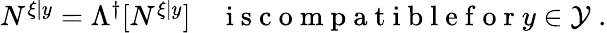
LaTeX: \begin{array}{r}{N^{\xi|y}=\Lambda^{\dagger}[N^{\xi|y}]\quad\mathrm{~i~s~c~o~m~p~a~t~i~b~l~e~f~o~r~}y\in\mathcal{Y}\; .}\end{array}